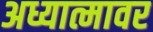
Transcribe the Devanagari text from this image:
अध्यात्मावर